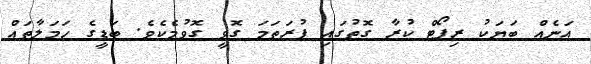
އަނެއް ބަޔަކު ރިޕޯޓް ކުރާ ގޮތުގައި ފުރަތަމަ ގޮވީ ގޮވުމެކެވެ. ބަޑީގެ ހަމަލާތައް